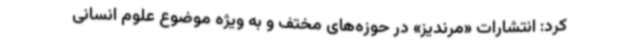
کرد: انتشارات «مرندیز» در حوزه‌های مختف و به ویژه موضوع علوم انسانی